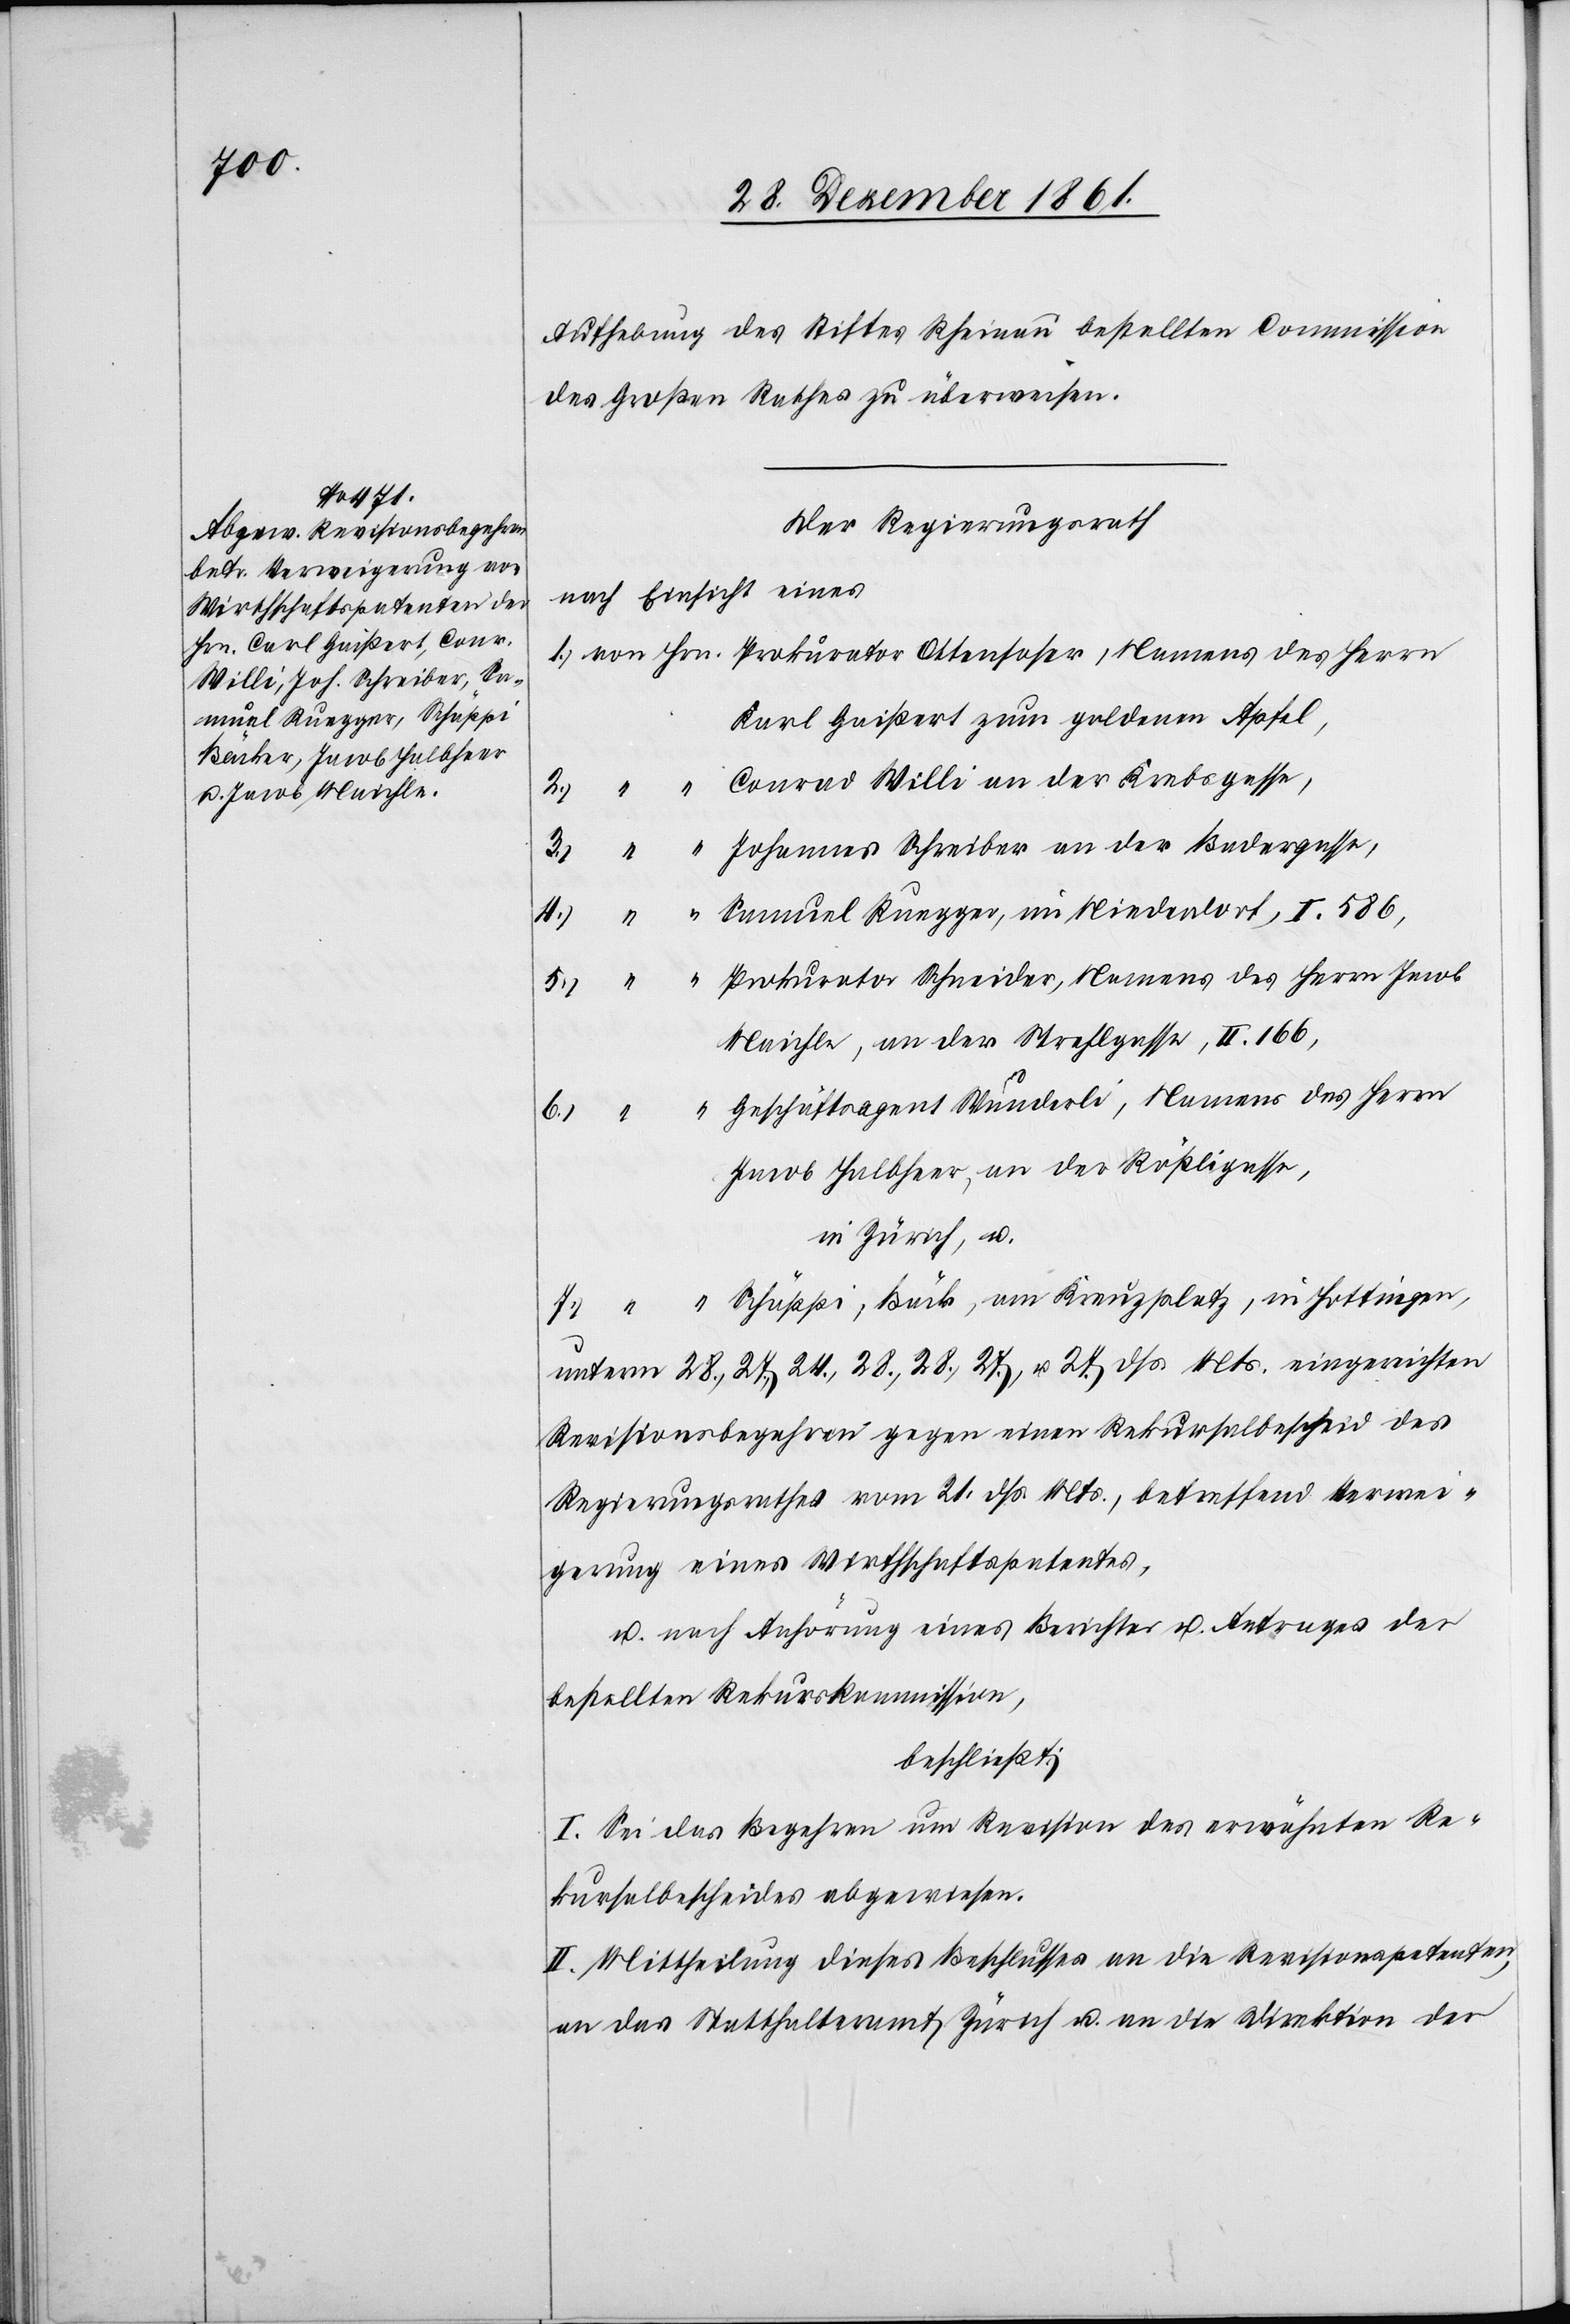
II.

166,

Aufhebung des Stiftes Rheinau bestellen Commission
des Großen Rathes zu überweisen.
Der Regierungsrath
nach Einsicht eines
1.) von Hrn.	Prokurator Ottensoser, Namens des Herrn
Karl Gaißert zum goldenen Apfel,
“	Conrad Willi an der Krebsgasse,
der
3.) “ “	Johannes Schreiber an der Badergasse,
4.) “ “	Samuel Ruegger, im Niederdorf, I. 586,
5.) “ “	Prokurator Schneider, Namens des Herrn Jacob
Maichle, an der Strehlgasse,
“	Geschäftsagent Wunderli, Namens des Herrn
6.) “
in Zürich, u.
7.) “ “	Schäppi, Bäck, am Kreuzplatz, in Hottingen,
unterm 28.,27.,24.,28.,28.,27., u. 27 dss. Mts. eingereichten
Revisionsbegehren gegen einen Rekursalbescheid des
Regierungsrathes vom 21 dss. Mts., betreffend Verwei¬
gerung eines Wirthschaftspatentes,
u. nach Anhörung eines Berichtes u. Antrages der
bestellten Rekurskommission,
beschließt:
I. Sei das Begehren um Revision des erwähnten Re¬
kursalbescheides abgewisen.
II. Mittheilung dieses Beschlusses an die Revisionspetenten
an das Statthalteramt Zürich u. an die Direktion der